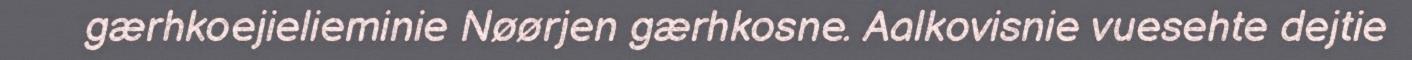
gærhkoejielieminie Nøørjen gærhkosne. Aalkovisnie vuesehte dejtie